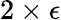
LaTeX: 2\times\epsilon